Indian journal of veterinary science and animal husbandry - Volume 7,
Year: 1937
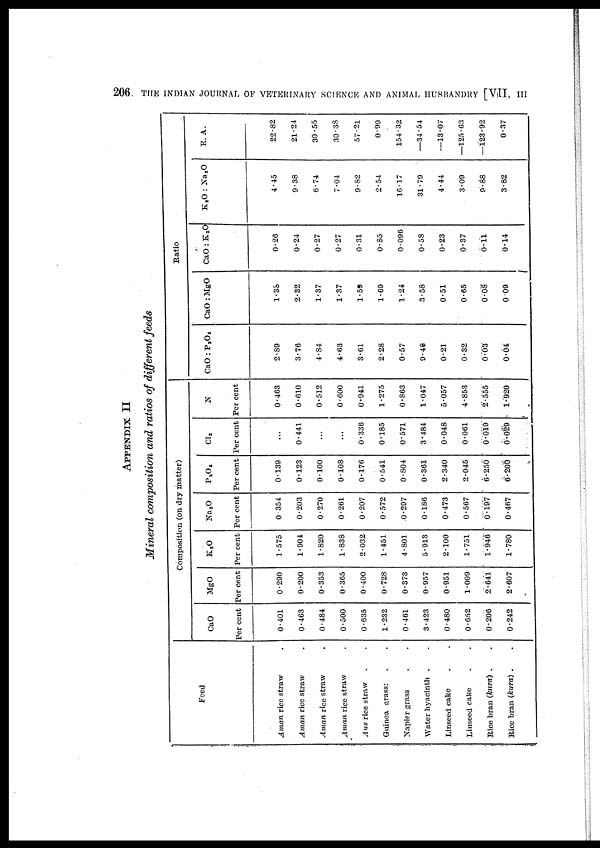
206
THE INDIAN JOURNAL OF VETERINARY SCIENCE AND ANIMAL HUSBANDRY [VII,
III
APPENDIX II
Mineral composition and ratios of different feeds
Feed
Aman rice straw .
Aman rice straw .
Aman rice straw .
Aman rice straw .
Aus rice straw . .
Guinea grass: . .
Napier grass . .
Water hyacinth . .
Linseed cake . .
Linseed cake . .
Rice bran (kura) . .
Rice bran (kura) . .
Composition (on dry matter)
CaO
Per cent
0.401
0.463
0.484
0.500
0.635
1.232
0.461
3.423
0.480
0.652
0.206
0.242
MgO
Per cent
0.290
0.200
0.353
0.365
0.400
0.728
0.373
0.957
0.951
1.009
2.641
2.607
K2O
Per cent
1.575
1.904
1.820
1.838
2.032
1.451
4.801
5.913
2.100
1.751
1.946
1.780
Na2O
Per cent
0.354
0.203
0.270
0.261
0.207
0.572
0.297
0.186
0.473
0.567
0.197
0.467
P2O5
Per cent
0.139
0.123
0.100
0.108
0.176
0.541
0.804
0.361
2.340
2.045
6.250
6.200
Cl2
Per cent
...
0.441
...
...
0.336
0.185
0.571
3.484
0.048
0.061
0.019
0.029
N
Per cent
0.463
0.610
0.512
0.600
0.941
1.275
0.863
1.047
5.057
4.853
2.555
1.920
Ratio
CaO : P2O5
2.89
3.76
4.84
4.63
3.61
2.28
0.57
9.48
0.21
0.32
0.03
0.04
CaO : MgO
1.38
2.32
1.37
1.37
1.59
1.69
1.24
3.58
0.51
0.65
0.08
0.09
CaO : K2O
0.26
0.24
0.27
0.27
0.31
0.85
0.096
0.58
0.23
0.37
0.11
0.14
K2O : Na2O
4.45
9.38
6.74
7.04
9.82
2.54
16.17
31.79
4.44
3.09
9.88
3.82
E. A.
22.82
21.24
30.55
30.38
57.21
0.99
154.32
—34.54
—13.07
—125.63
—123.92
0.37